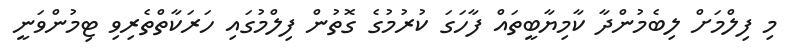
މި ފިލްމަށް ލިބެމުންދާ ކާމިޔާބީތައް ފާހަގަ ކުރުމުގެ ގޮތުން ފިލްމުގައި ހަރަކާތްތެރިވި ޓިމުންވަނީ